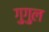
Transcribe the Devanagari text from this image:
गुगुल